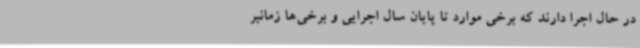
در حال اجرا دارند که برخی موارد تا پایان سال اجرایی و برخی‌ها زمانبر